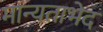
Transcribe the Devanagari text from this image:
मान्यताभेद